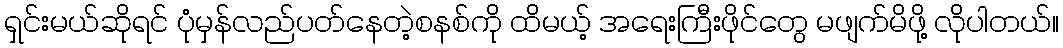
ရှင်းမယ်ဆိုရင် ပုံမှန်လည်ပတ်နေတဲ့စနစ်ကို ထိမယ့် အရေးကြီးဖိုင်တွေ မဖျက်မိဖို့ လိုပါတယ်။